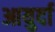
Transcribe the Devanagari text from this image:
आयुर्दा